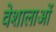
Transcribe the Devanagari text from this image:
वेशालाओं